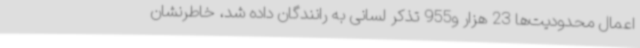
اعمال محدودیت‌ها 23 هزار و955 تذکر لسانی به رانندگان داده شد، خاطرنشان